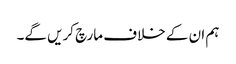
ہم ان کے خلاف مارچ کریں گے۔